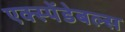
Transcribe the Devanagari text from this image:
एक्स्पेंडेबल्स